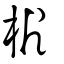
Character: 㭊